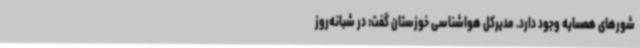
شورهای همسایه وجود دارد. مدیرکل هواشناسی خوزستان گفت: در شبانه‌روز